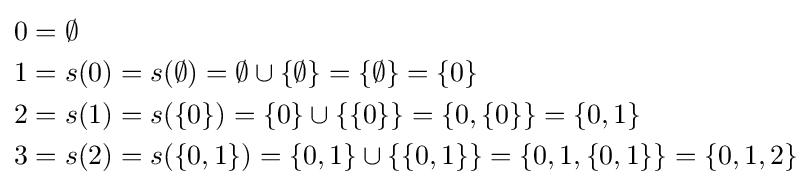
{\begin{aligned}0&=\emptyset \\1&=s(0)=s(\emptyset )=\emptyset \cup \{\emptyset \}=\{\emptyset \}=\{0\}\\2&=s(1)=s(\{0\})=\{0\}\cup \{\{0\}\}=\{0,\{0\}\}=\{0,1\}\\3&=s(2)=s(\{0,1\})=\{0,1\}\cup \{\{0,1\}\}=\{0,1,\{0,1\}\}=\{0,1,2\}\end{aligned}}